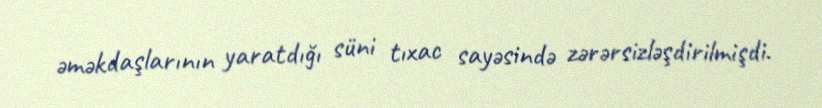
əməkdaşlarının yaratdığı süni tıxac sayəsində zərərsizləşdirilmişdi.